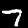
Label: 7